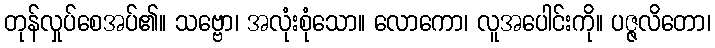
တုန်လှုပ်စေအပ်၏။ သဗ္ဗော၊ အလုံးစုံသော။ လောကော၊ လူအပေါင်းကို။ ပဇ္ဇလိတော၊